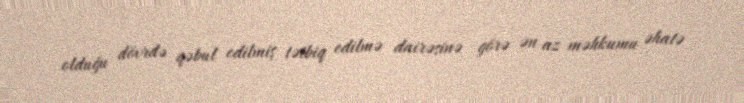
olduğu dövrdə qəbul edilmiş tətbiq edilmə dairəsinə görə ən az məhkumu əhatə